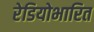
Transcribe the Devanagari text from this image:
रेडियोभारित